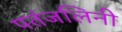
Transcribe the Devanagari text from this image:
पतंजलिनी